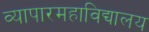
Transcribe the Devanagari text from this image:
व्यापारमहाविद्यालय